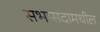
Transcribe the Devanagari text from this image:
सभासदामधील